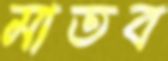
মাতব